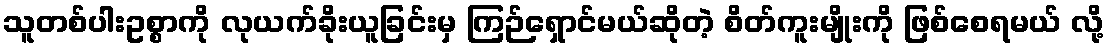
သူတစ်ပါးဥစ္စာကို လုယက်ခိုးယူခြင်းမှ ကြဉ်ရှောင်မယ်ဆိုတဲ့ စိတ်ကူးမျိုးကို ဖြစ်စေရမယ် လို့